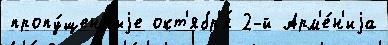
пропу́щенныjе окт'ябр'я́ 2-й Арм'е́н'иjа